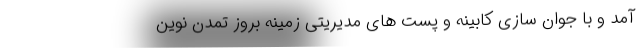
آمد و با جوان سازی کابینه و پست های مدیریتی زمینه بروز تمدن نوین